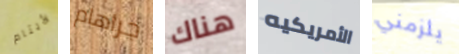
الأيتام جراهام هناك الأمريكيه يلزمني